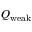
Q \mathrm { { _ { w e a k } } }